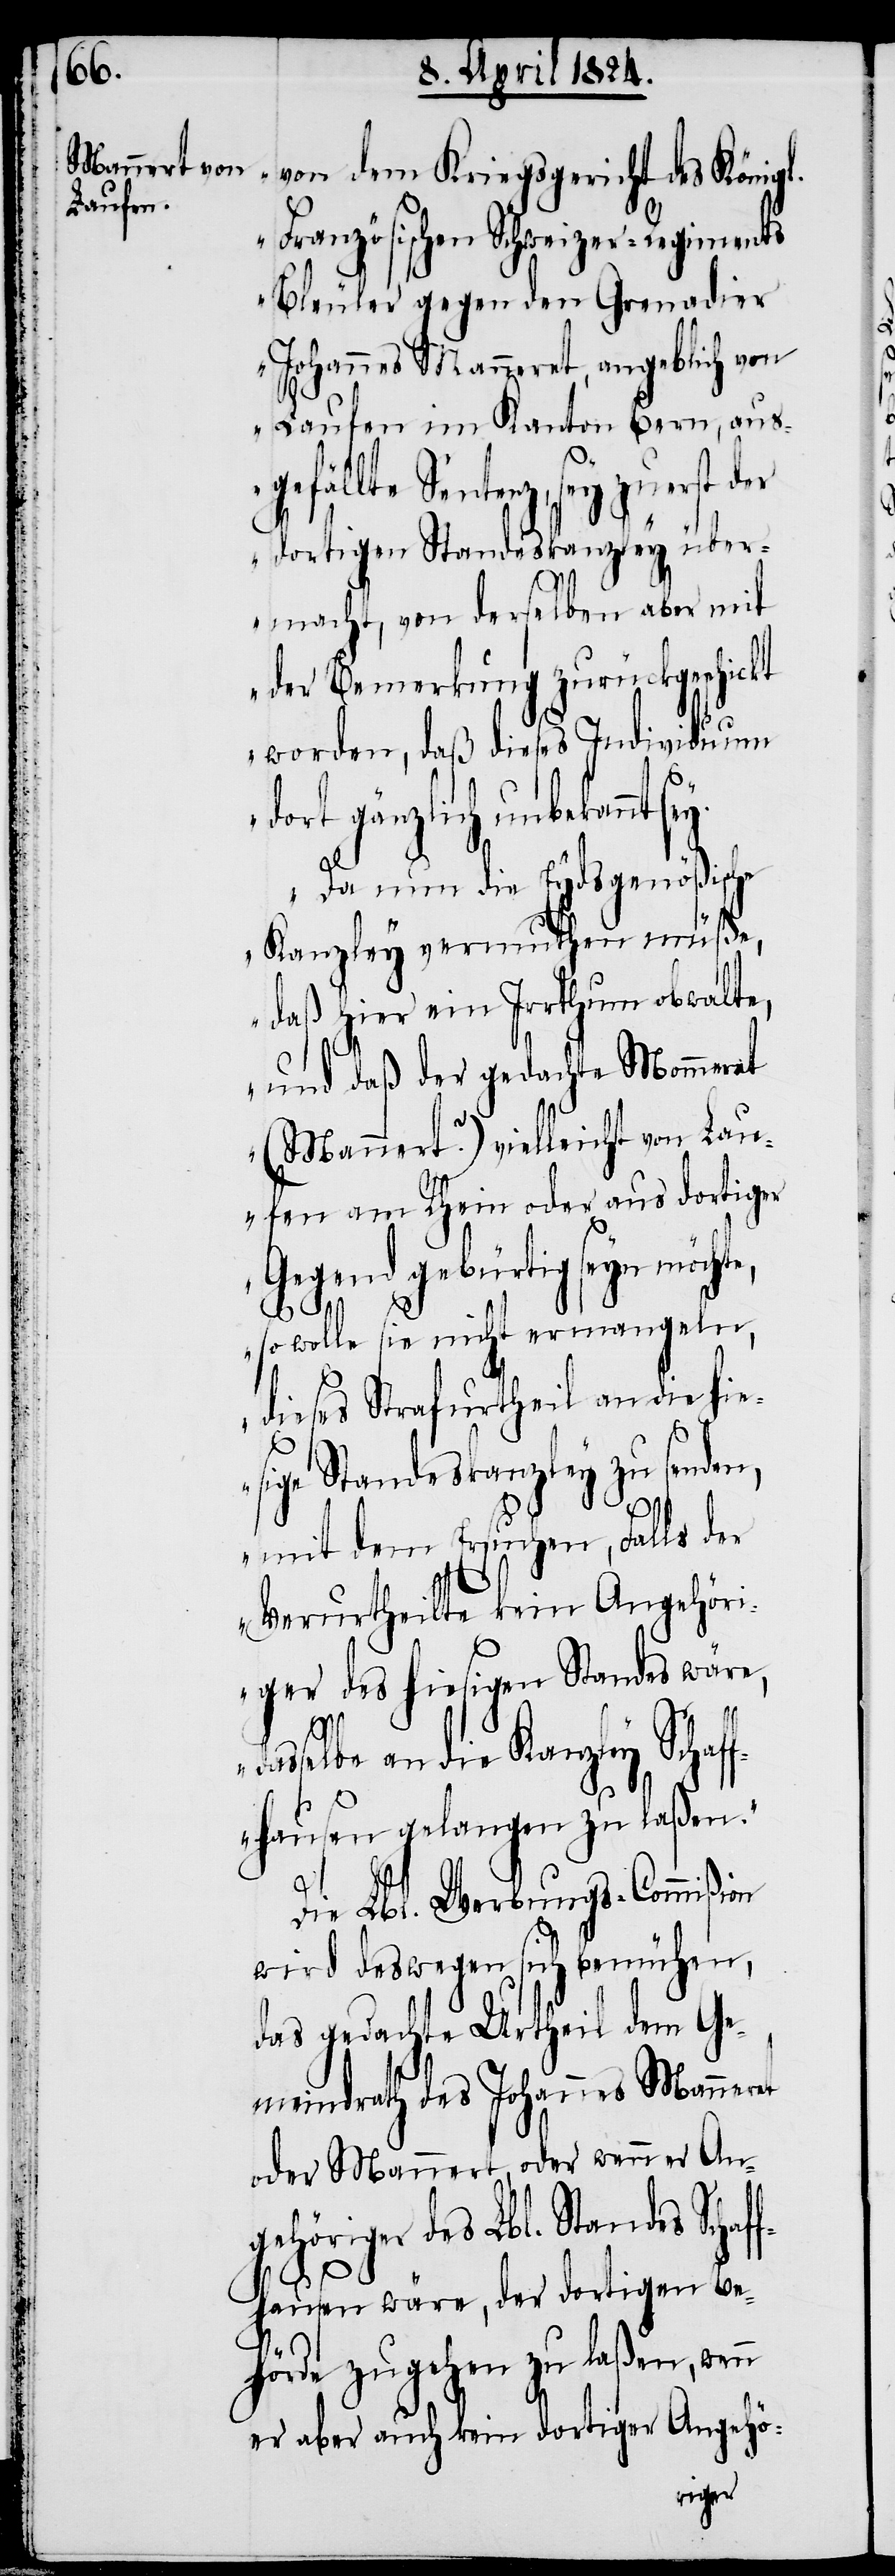
von dem Kriegsgericht des Königl.
Französischen Schweizer-Regiments
Bleuler gegen den Grenadier
Johannes Manneret, angeblich von
Laufen im Kanton Bern, aus¬
gefällte Sentenz, sey zuerst
dortigen Standeskanzley über¬
macht, von derselben aber mit
der Bemerkung zurückgeschickt
worden, daß dieses Individuum
dort gänzlich unbekannt
Da nun die Eydsgenößische
Kanzley vermuthen müße,
daß hier ein Irrthum obwalte,
und daß der gedachte Mommeret
(Mannert?) vielleicht an Lau¬
fen am Rhein oder aus dortiger
Gegend gebürtig seyn möchte,
so wolle sie nicht ermangeln,
dieses Strafurtheil an die hie¬
sige Standeskanzley zu senden,
mit dem Ersuchen, Falls der
Verurtheilte kein Angehöri¬
ger des hiesigen Standes wäre,
selbe an die Kanzley Schaf¬
das¬
fhausen gelangen zu laßen.“
Die Lbl. Werbungs-Commißion
wird deswegen sich bemühen,
das gedachte Urtheil dem Ge¬
meindrath des Johannes Manneret
oder Mannert, oder wenn er An¬
gehöriger des L. Standes Schaf¬
fhausen wäre, der dortigen Be¬
hörde zugehen zu laßen, wenn
er aber auch kein dortiger Angehö-